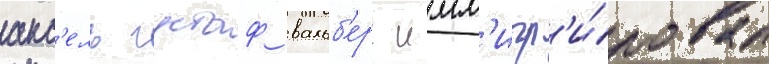
акс'ель густаф вальб'ерг имм'игр'и́ровал